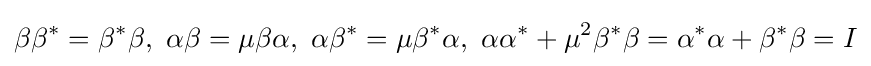
\beta \beta ^{*}=\beta ^{*}\beta ,\ \alpha \beta =\mu \beta \alpha ,\ \alpha \beta ^{*}=\mu \beta ^{*}\alpha ,\ \alpha \alpha ^{*}+\mu ^{2}\beta ^{*}\beta =\alpha ^{*}\alpha +\beta ^{*}\beta =I